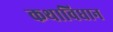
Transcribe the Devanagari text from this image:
कथाविधान